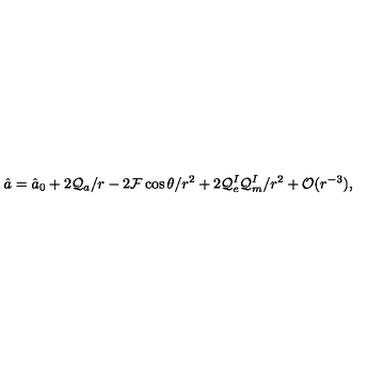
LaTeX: \hat { a } = \hat { a } _ { 0 } + 2 { \cal Q } _ { a } / r - 2 { \cal F } \cos \theta / r ^ { 2 } + 2 { \cal Q } _ { e } ^ { I } { \cal Q } _ { m } ^ { I } / r ^ { 2 } + { \cal O } ( r ^ { - 3 } ) ,